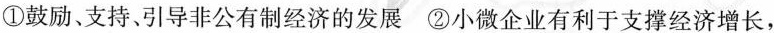
①鼓励、支持、引导非公有制经济的发展 ②小微企业有利于支撑经济增长，